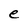
Character: e